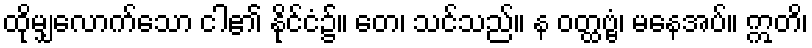
ထိုမျှလောက်သော ငါ၏ နိုင်ငံ၌။ တေ၊ သင်သည်။ န ဝတ္ထဗ္ဗံ၊ မနေအပ်။ ဣတိ၊